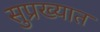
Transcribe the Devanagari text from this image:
सुप्रख्यात